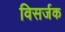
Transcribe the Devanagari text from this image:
विसर्जक